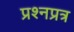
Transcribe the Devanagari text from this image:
प्रश्नप्रत्र